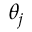
\theta _ { j }